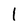
Character: l